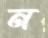
ন